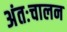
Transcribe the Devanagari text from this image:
अंतःचालन